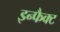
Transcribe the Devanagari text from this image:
इन्फैक्ट